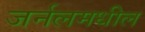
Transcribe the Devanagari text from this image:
जर्नलमधील